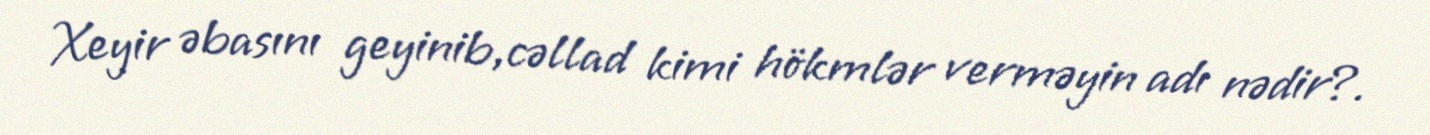
Xeyir əbasını geyinib,cəllad kimi hökmlər verməyin adı nədir?.